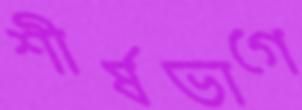
শীর্ষভাগে